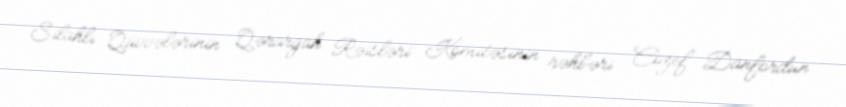
Silahlı Qüvvələrinin Qərargah Rəisləri Komitəsinin rəhbəri Cozef Danfordun